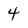
Character: 4